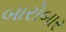
બારોબાર